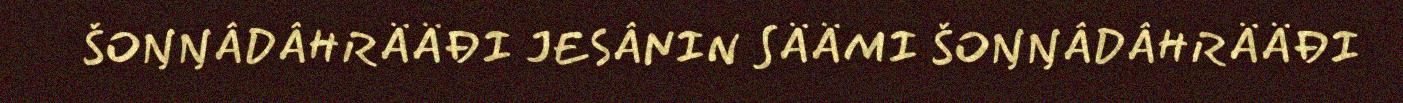
ŠOŊŊÂDÂHRÄÄĐI JESÂNIN SÄÄMI ŠOŊŊÂDÂHRÄÄĐI